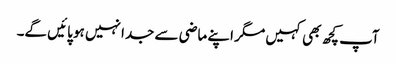
آپ کچھ بھی کہیں مگر اپنے ماضی سے جدا نہیں ہو پائیں گے۔